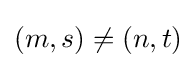
(m,s)\neq (n,t)